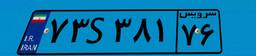
۷۳S۳۸۱۷۶